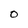
Character: 0